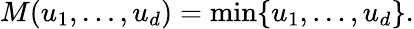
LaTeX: M(u_{1},\ldots,u_{d})=\operatorname*{min}\{ u_{1},\dots,u_{d}\} .